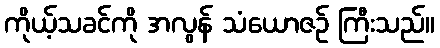
ကိုယ့်သခင်ကို အလွန် သံယောဇဉ် ကြီးသည်။